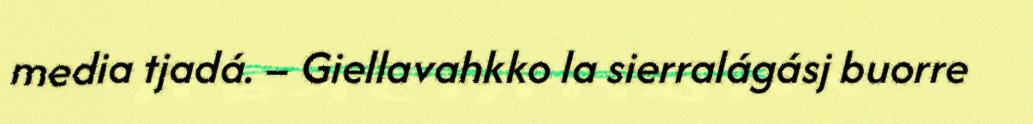
media tjadá. – Giellavahkko la sierralágásj buorre